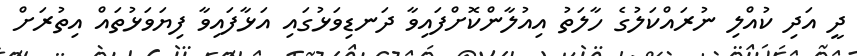
ދީ އަދި ކުއްލި ނުރައްކަަލުގެ ހާލަތު އިއުލާންކޮށްފައިވާ ދަނޑިވަޅުގައި އަޅާފައިވާ ފިޔަވަޅުތައް އިތުރަށް